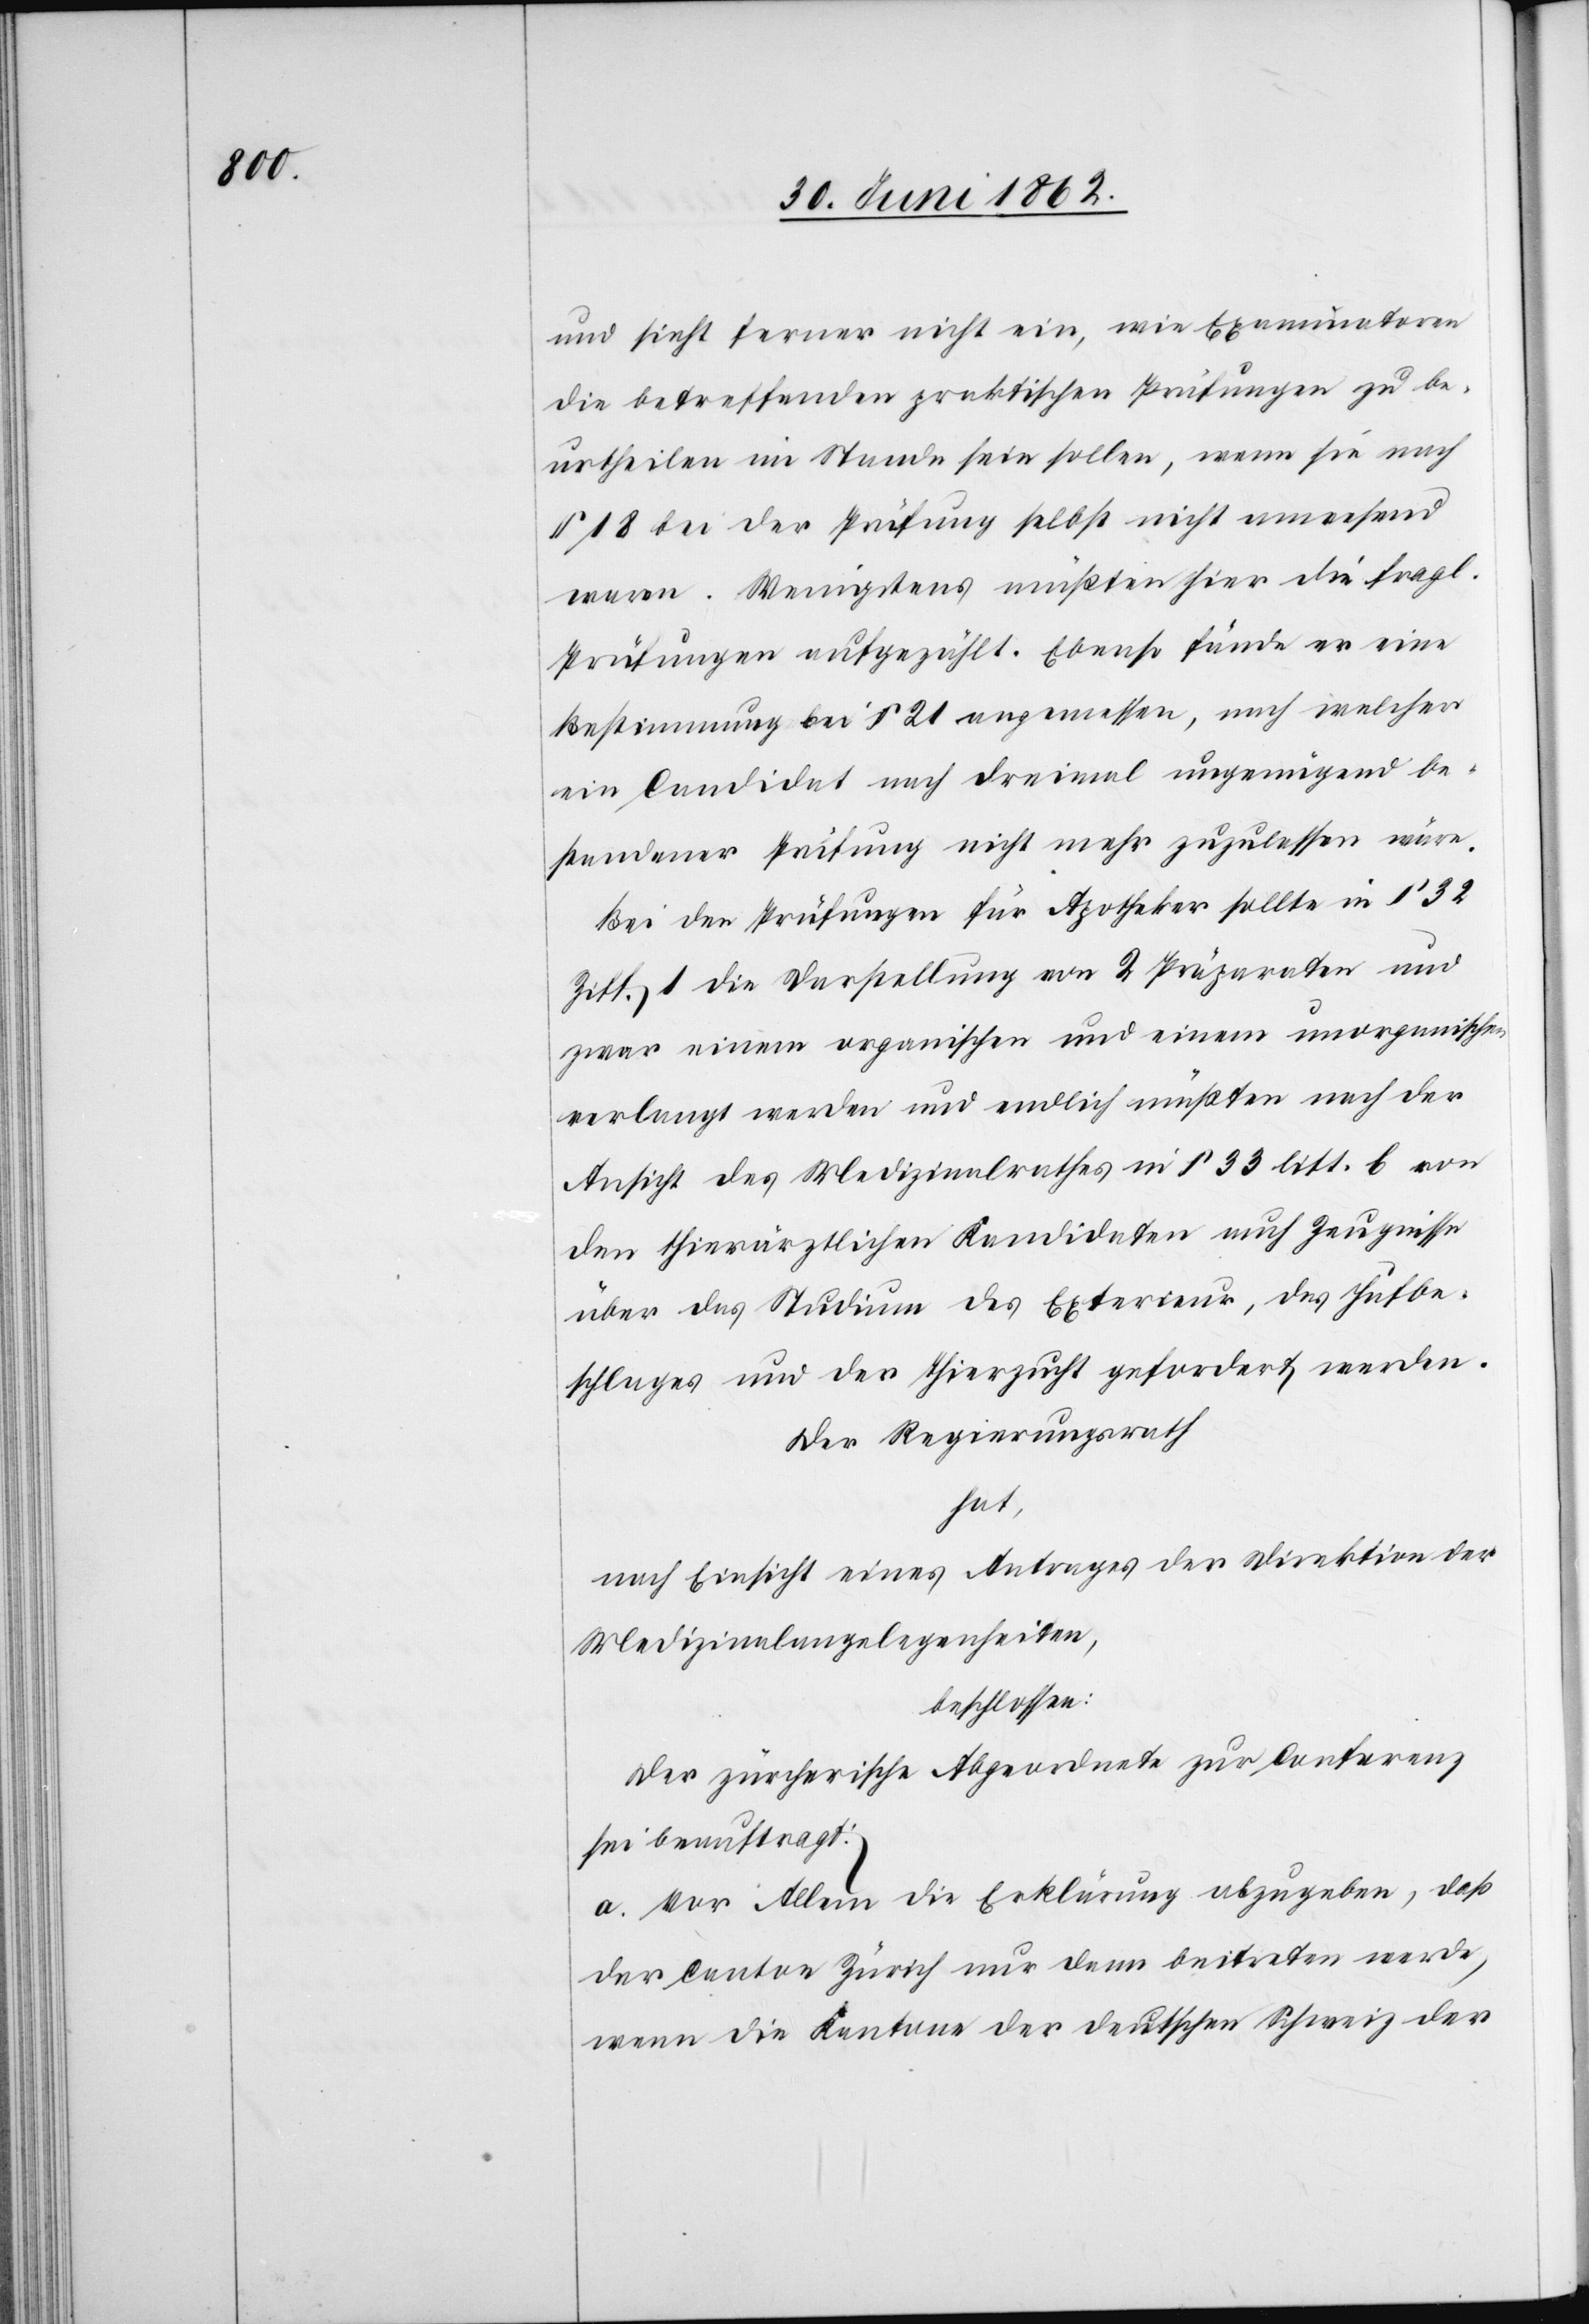
und sieht ferner nicht ein, wie Examinatoren
die betreffenden praktischen Prüfungen zu be¬
urtheilen im Stande sein sollen, wenn sie nach
§ 18 bei der Prüfung selbst nicht anwesend
waren. Wenigstens müßten hier die fragl.
Prüfungen aufgezählt [werden]. Ebenso fände er eine
Bestimmung bei § 21 angemessen, nach welcher
ein Candidat nach dreimal ungenügend be¬
standener Prüfung nicht mehr zugelassen wäre.
Bei den Prüfungen für Apotheker sollte in § 32
Ziff. 1 die Darstellung von 2 Präparaten und
zwar einem organischen und einem unorganischen
verlangt werden und endlich müßten nach der
Ansicht des Medizinalrathes in § 33 litt. b von
den thierärztlichen Kandidaten auch Zeugnisse
über das Studium des Exterieur, des Hufbe¬
schlages und der Thierzucht gefordert werden.
Der Regierungsrath
hat,
nach Einsicht eines Antrages der Direktion der
Medizinalangelegenheiten,
beschlossen:
Der zürcherische Abgeordnete zur Conferenz
sei beauftragt:
a. Vor Allem die Erklärung abzugeben, daß
der Canton Zürich nur dann beitreten werde,
wenn die Kantone der deutschen Schweiz der